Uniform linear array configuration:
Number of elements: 24
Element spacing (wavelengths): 0.5
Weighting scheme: kaiser
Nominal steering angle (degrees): -15
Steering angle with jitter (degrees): -15.957
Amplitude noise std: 0.05
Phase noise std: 0.05

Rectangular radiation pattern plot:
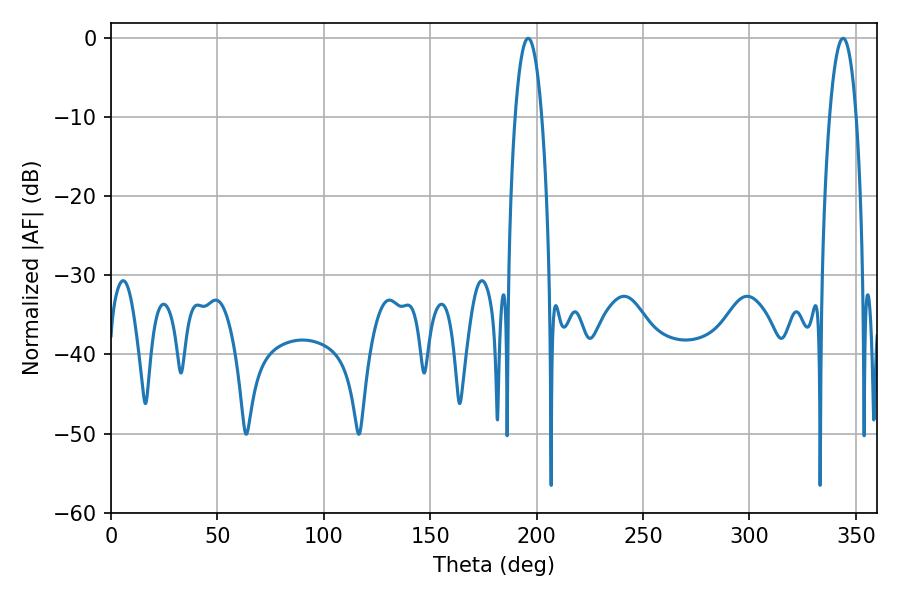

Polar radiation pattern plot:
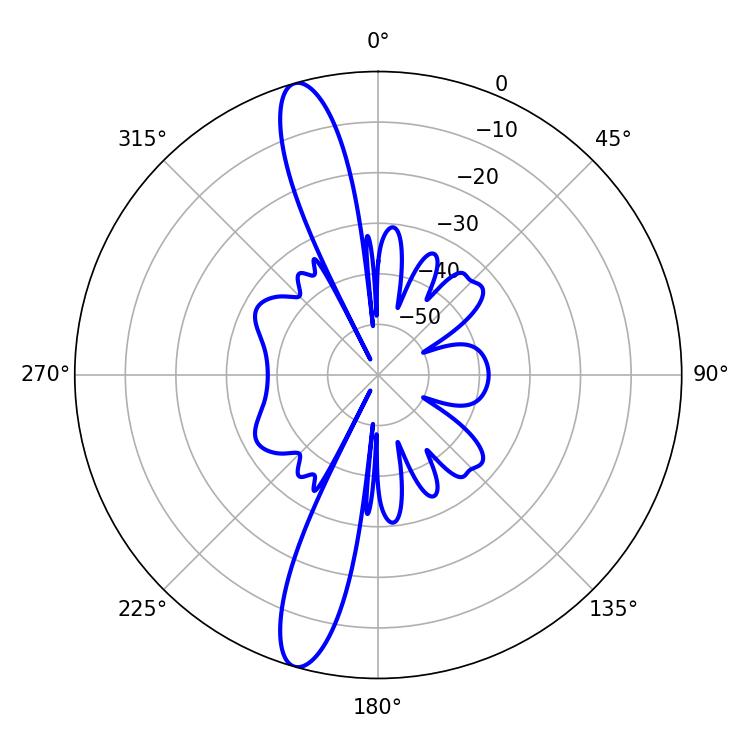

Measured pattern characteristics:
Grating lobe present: FALSE
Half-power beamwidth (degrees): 6.84
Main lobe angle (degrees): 196.02